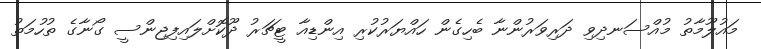
މައުލޫމާތު މުއްސަނދިވި ދަރިވަރުންނާ ބެހިގެން ހައްޔަރުކުރި އިންޑިއާ ޓީޗަރު ދޫކޮށްލައިފިޖިންސީ ގޯނާގެ ތުހުމަތު